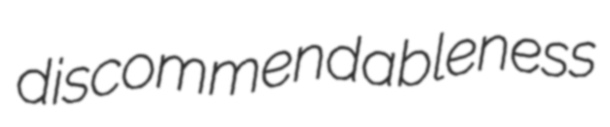
discommendableness